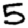
Digit: 5